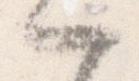
一